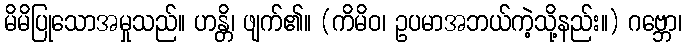
မိမိပြုသောအမှုသည်။ ဟန္တိ၊ ဖျက်၏။ (ကိမိဝ၊ ဥပမာအဘယ်ကဲ့သို့နည်း။) ဂဗ္ဘော၊